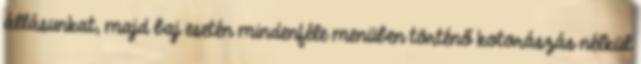
állásunkat, majd baj esetén mindenféle menüben történő kotorászás nélkül